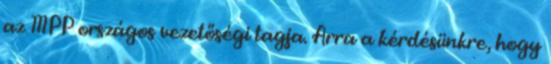
az MPP országos vezetőségi tagja. Arra a kérdésünkre, hogy